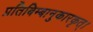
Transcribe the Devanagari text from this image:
प्रतिबिम्बानुकारकृत्‌।